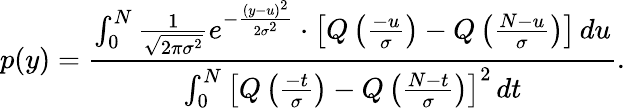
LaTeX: p(y)=\frac{\int_{0}^{N}\frac{1}{\sqrt{2\pi\sigma^{2}}}e^{-\frac{(y-u)^{2}}{2\sigma^{2}}}\cdot\left[Q\left(\frac{-u}{\sigma}\right)-Q\left(\frac{N-u}{\sigma}\right)\right]\, du}{\int_{0}^{N}\left[Q\left(\frac{-t}{\sigma}\right)-Q\left(\frac{N-t}{\sigma}\right)\right]^{2}\, dt}.